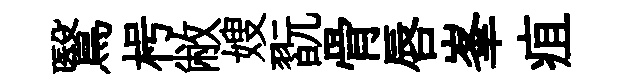
鷖枵敝嫂翫骨唇峯疽